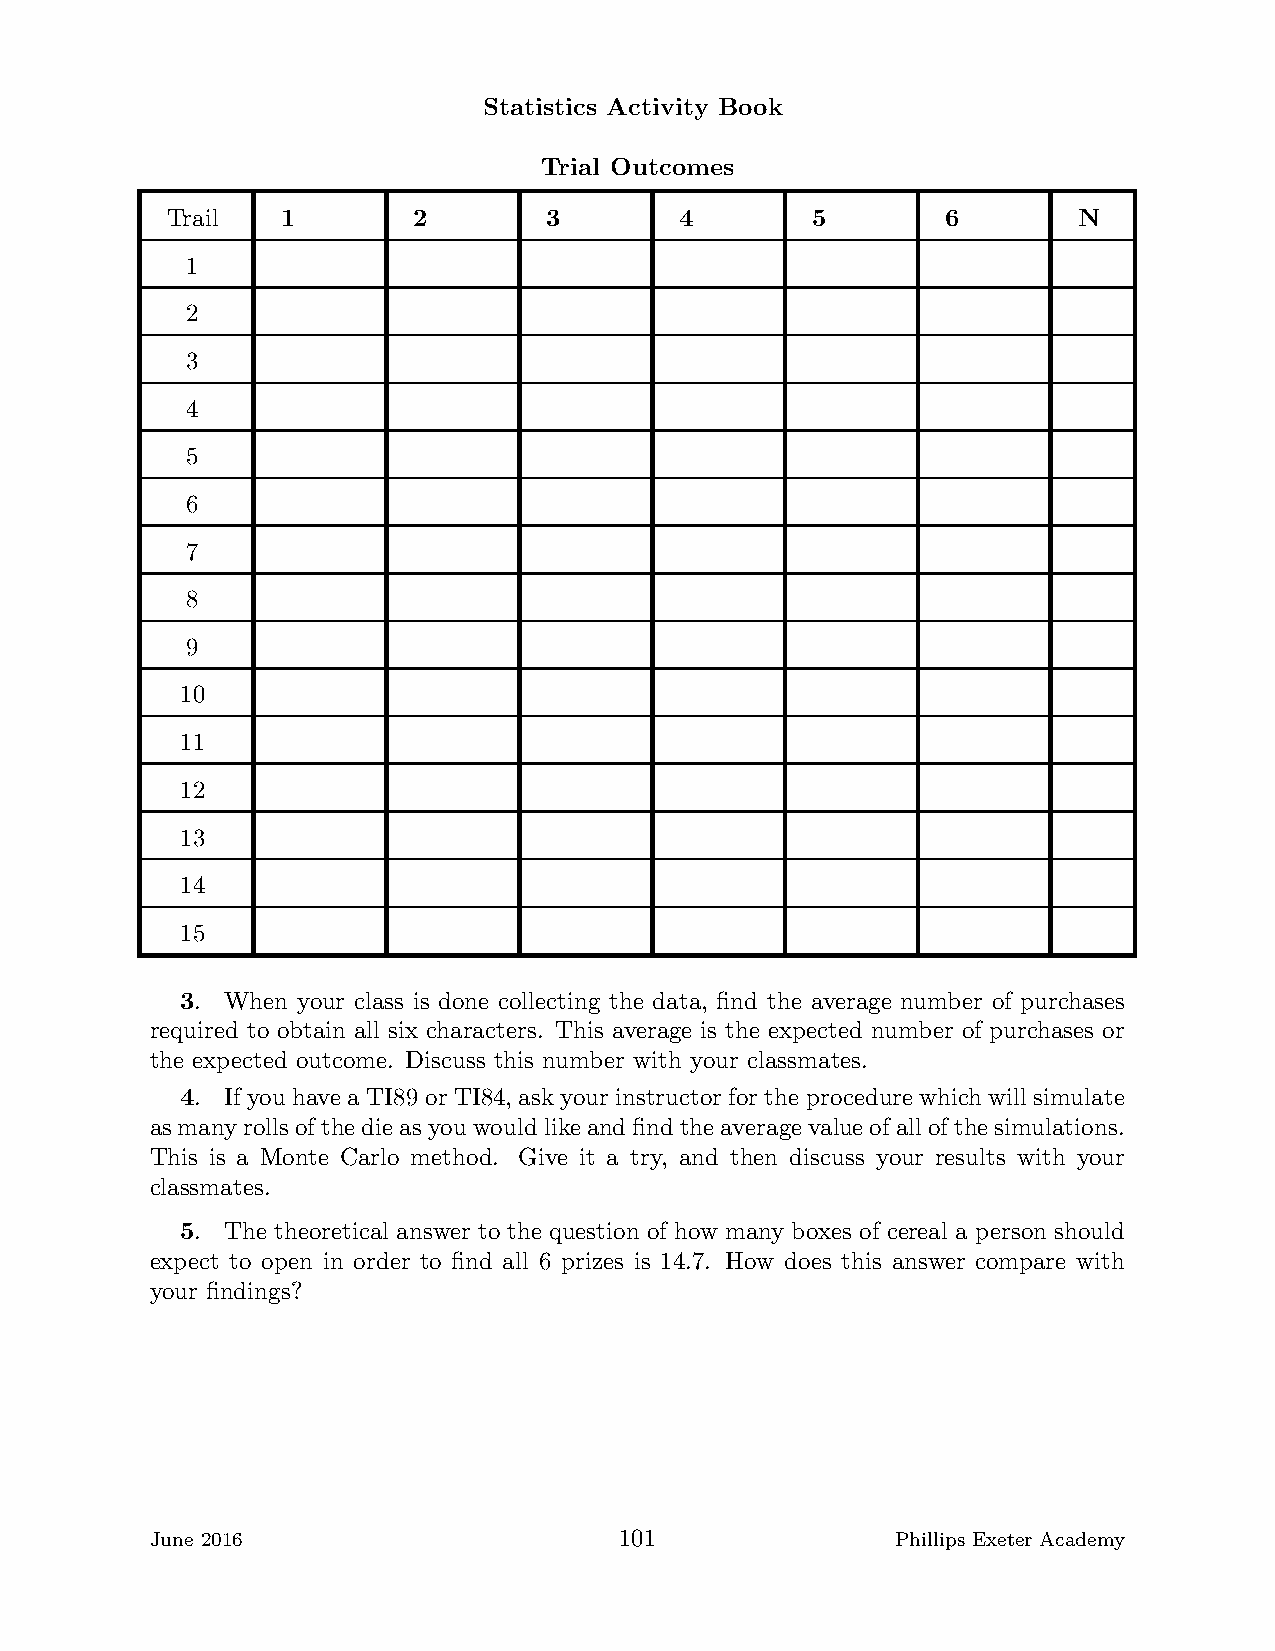
Statistics Activity Book
 Trial Outcomes
 Trail   1       2        3        4        5        6       N
 1
 2
 3
 4
 5
 6
 7
 8
 9
 10
 11
 12
 13
 14
 15
 3. When your class is done collecting the data, find the average number of purchases
 required to obtain all six characters. This average is the expected number of purchases or
 the expected outcome. Discuss this number with your classmates.
 4. If youhave a TI89 or TI84, ask your instructor for the procedure which willsimulate
 asmanyrollsofthedieasyouwouldlikeandfindtheaveragevalueofallofthesimulations.
 This is a Monte Carlo method. Give it a try, and then discuss your results with your
 classmates.
 5. The theoretical answer to the question of how many boxes of cereal a person should
 expect to open in order to find all 6 prizes is 14.7. How does this answer compare with
 your findings?
 June 2016                      101               Phillips Exeter Academy